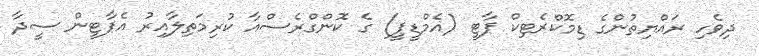
ދިވެހި ރައްޔިތުންގެ ޑިމޮކްރެޓިކް ޕާޓީ (އެމްޑީޕީ) ގެ ކޮންގްރެސްއާ ކުރިމަތިލާއިރު އެޕާޓީން ސީދާ